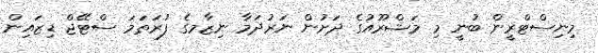
މިނިސްޓްރީން ބުނީ މި މަޝްރޫއުގެ ދަށުން ނަރުދަމާ ނިޒާމގެ ފުރަތަމަ ސްޓޭޖް ޑިޒައިން